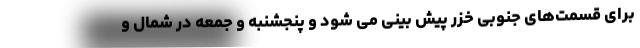
برای قسمت‌های جنوبی خزر پیش بینی می شود و پنجشنبه و جمعه در شمال و